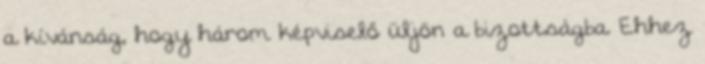
a kívánság, hogy három képviselő üljön a bizottságba. Ehhez